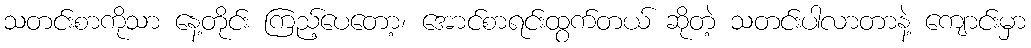
သတင်းစာကိုသာ နေ့တိုင်း ကြည့်ပေတော့၊ အောင်စာရင်းထွက်တယ် ဆိုတဲ့ သတင်းပါလာတာနဲ့ ကျောင်းမှာ